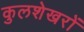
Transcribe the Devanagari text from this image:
कुलशेखरों